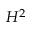
H ^ { 2 }